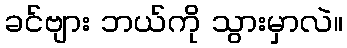
ခင်ဗျား ဘယ်ကို သွားမှာလဲ။